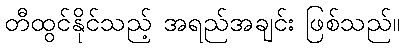
တီထွင်နိုင်သည့် အရည်အချင်း ဖြစ်သည်။